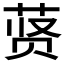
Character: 𬜾